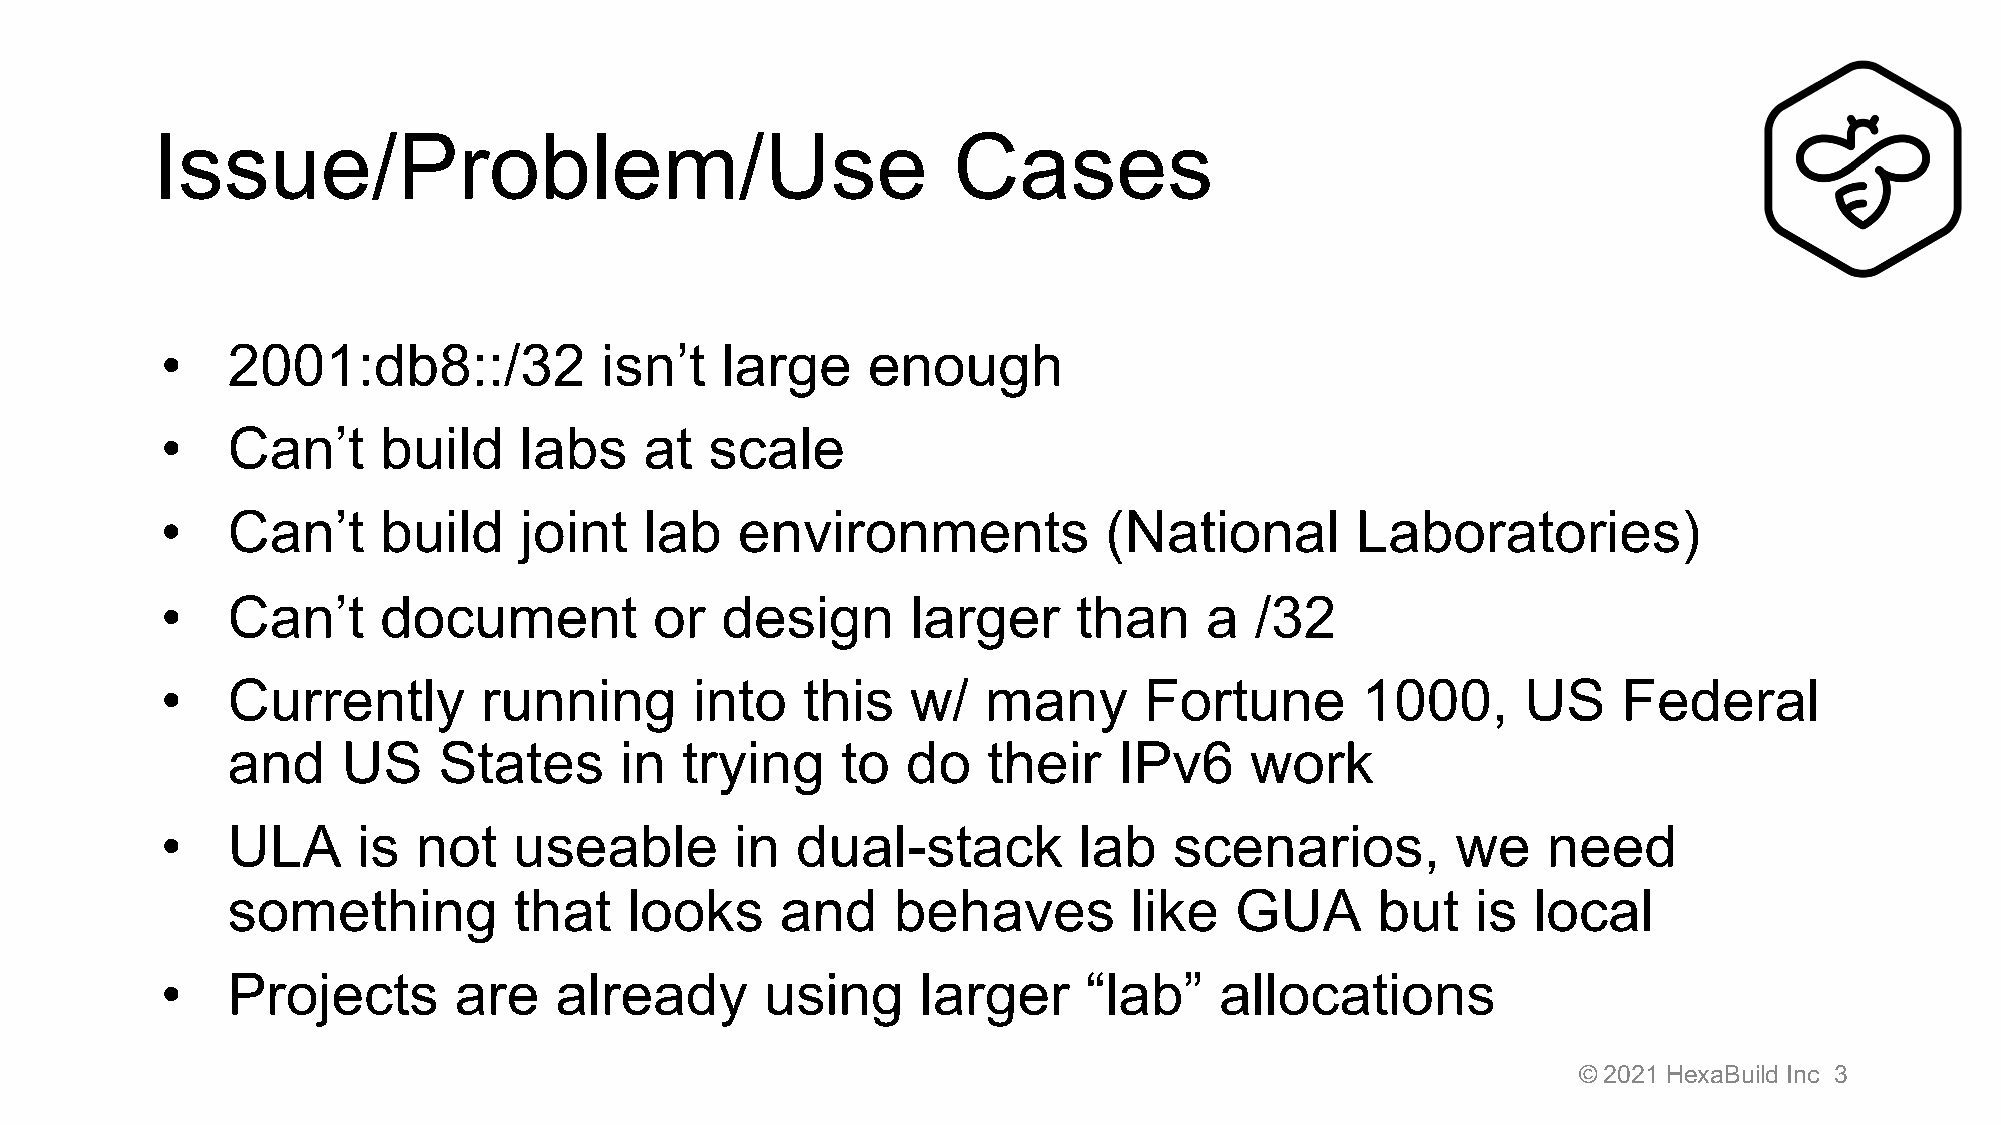
Issue/Problem/Use                                    Cases
 •   2001:db8::/32            isn’t   large    enough
 •   Can’t     build    labs     at  scale
 •   Can’t     build    joint    lab   environments            (National        Laboratories)
 •   Can’t     document          or   design      larger     than     a  /32
 •   Currently        running       into   this   w/   many       Fortune       1000,      US    Federal
 and     US    States      in  trying     to  do   their    IPv6     work
 •   ULA      is  not   useable        in  dual-stack        lab    scenarios,        we    need
 something          that    looks     and    behaves         like   GUA      but    is local
 •   Projects       are    already       using     larger     “lab”    allocations
 © 2021 HexaBuild Inc 3